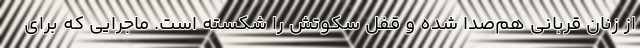
از زنان قربانی هم‌صدا شده و قفل سکوتش را شکسته است. ماجرایی که برای